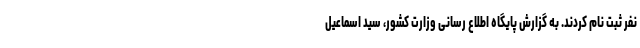
نفر ثبت نام کردند. به گزارش پایگاه اطلاع رسانی وزارت کشور، سید اسماعیل